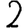
Digit: 2